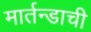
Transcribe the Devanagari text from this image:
मार्तन्डाची